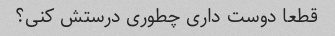
قطعا دوست داری چطوری درستش کنی؟